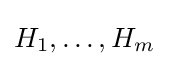
H_{1},\ldots ,H_{m}